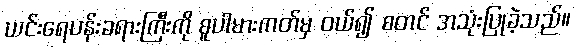
ယင်းရေပန်းခရားကြီးကို စူပါမားကတ်မှ ဝယ်၍ စတင် အသုံးပြုခဲ့သည်။